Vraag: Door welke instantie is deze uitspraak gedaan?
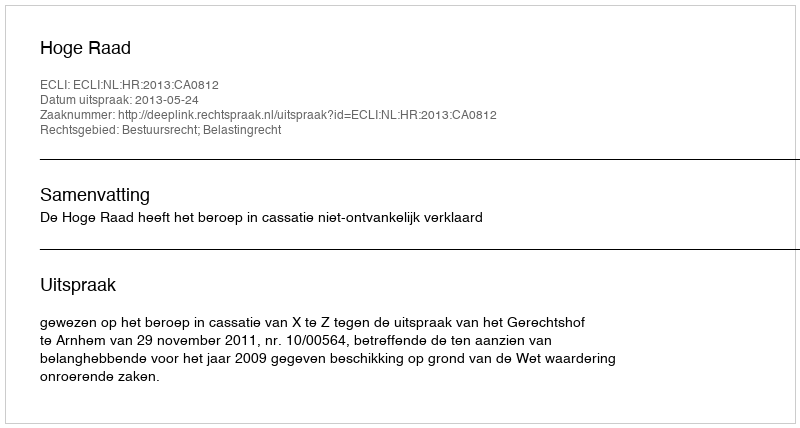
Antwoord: Hoge Raad